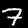
Label: 7